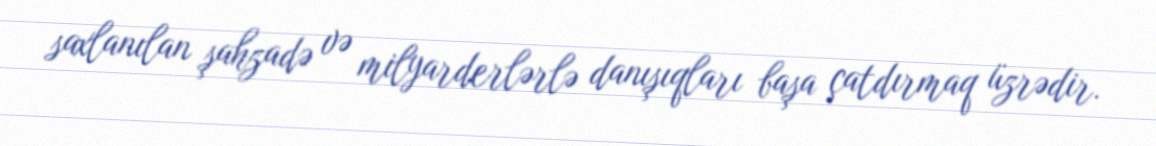
saxlanılan şahzadə və milyarderlərlə danışıqları başa çatdırmaq üzrədir.